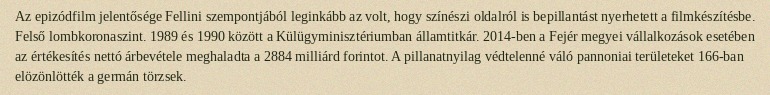
Az epizódfilm jelentősége Fellini szempontjából leginkább az volt, hogy színészi oldalról is bepillantást nyerhetett a filmkészítésbe. Felső lombkoronaszint. 1989 és 1990 között a Külügyminisztériumban államtitkár. 2014-ben a Fejér megyei vállalkozások esetében az értékesítés nettó árbevétele meghaladta a 2884 milliárd forintot. A pillanatnyilag védtelenné váló pannoniai területeket 166-ban elözönlötték a germán törzsek.